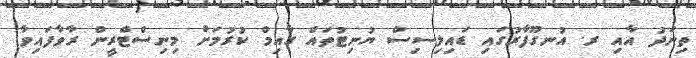
ތިނަދު އާއި ރ. އުނގޫފާރުގައި ޑައިލިސިސް ޔުނިޓުތައް ގާއިމް ކުރުމަށް މިނިސްޓްރީން ރާވާފައިވާ